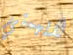
لايهمني